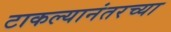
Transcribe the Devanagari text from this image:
टाकल्यानंतरच्या